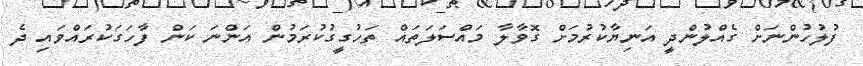
ފުލުހުންނަށް ގެއްލުންދީ އަނިޔާކުރުމަށް ގޮވާލާ މައްސަލަތައް ތަހުގީގުކުރަމުން އަންނަ ކަން ފާހަގަކުރައްވައި ދެ